Elephants and their diseases
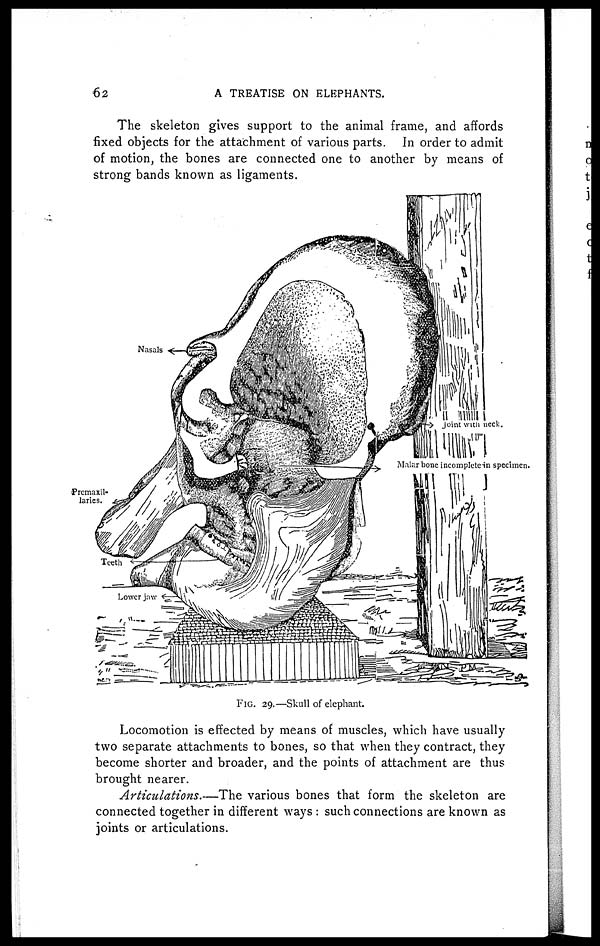
62
A TREATISE ON ELEPHANTS.
The skeleton gives support to the animal frame, and affords
fixed objects for the attachment of various parts. In order to admit
of motion, the bones are connected one to another by means of
strong bands known as ligaments.
Locomotion is effected by means of muscles, which have usually
two separate attachments to bones, so that when they contract, they
become shorter and broader, and the points of attachment are thus
brought nearer.
Articulations.—The various bones that form the skeleton are
connected together in different ways : such connections are known as
joints or articulations.
FIG. 29.—Skull of elephant.